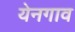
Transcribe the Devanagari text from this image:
येनगाव